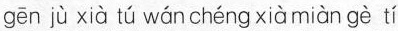
gēn jù xià tú wán chéng xià miàn gè tí